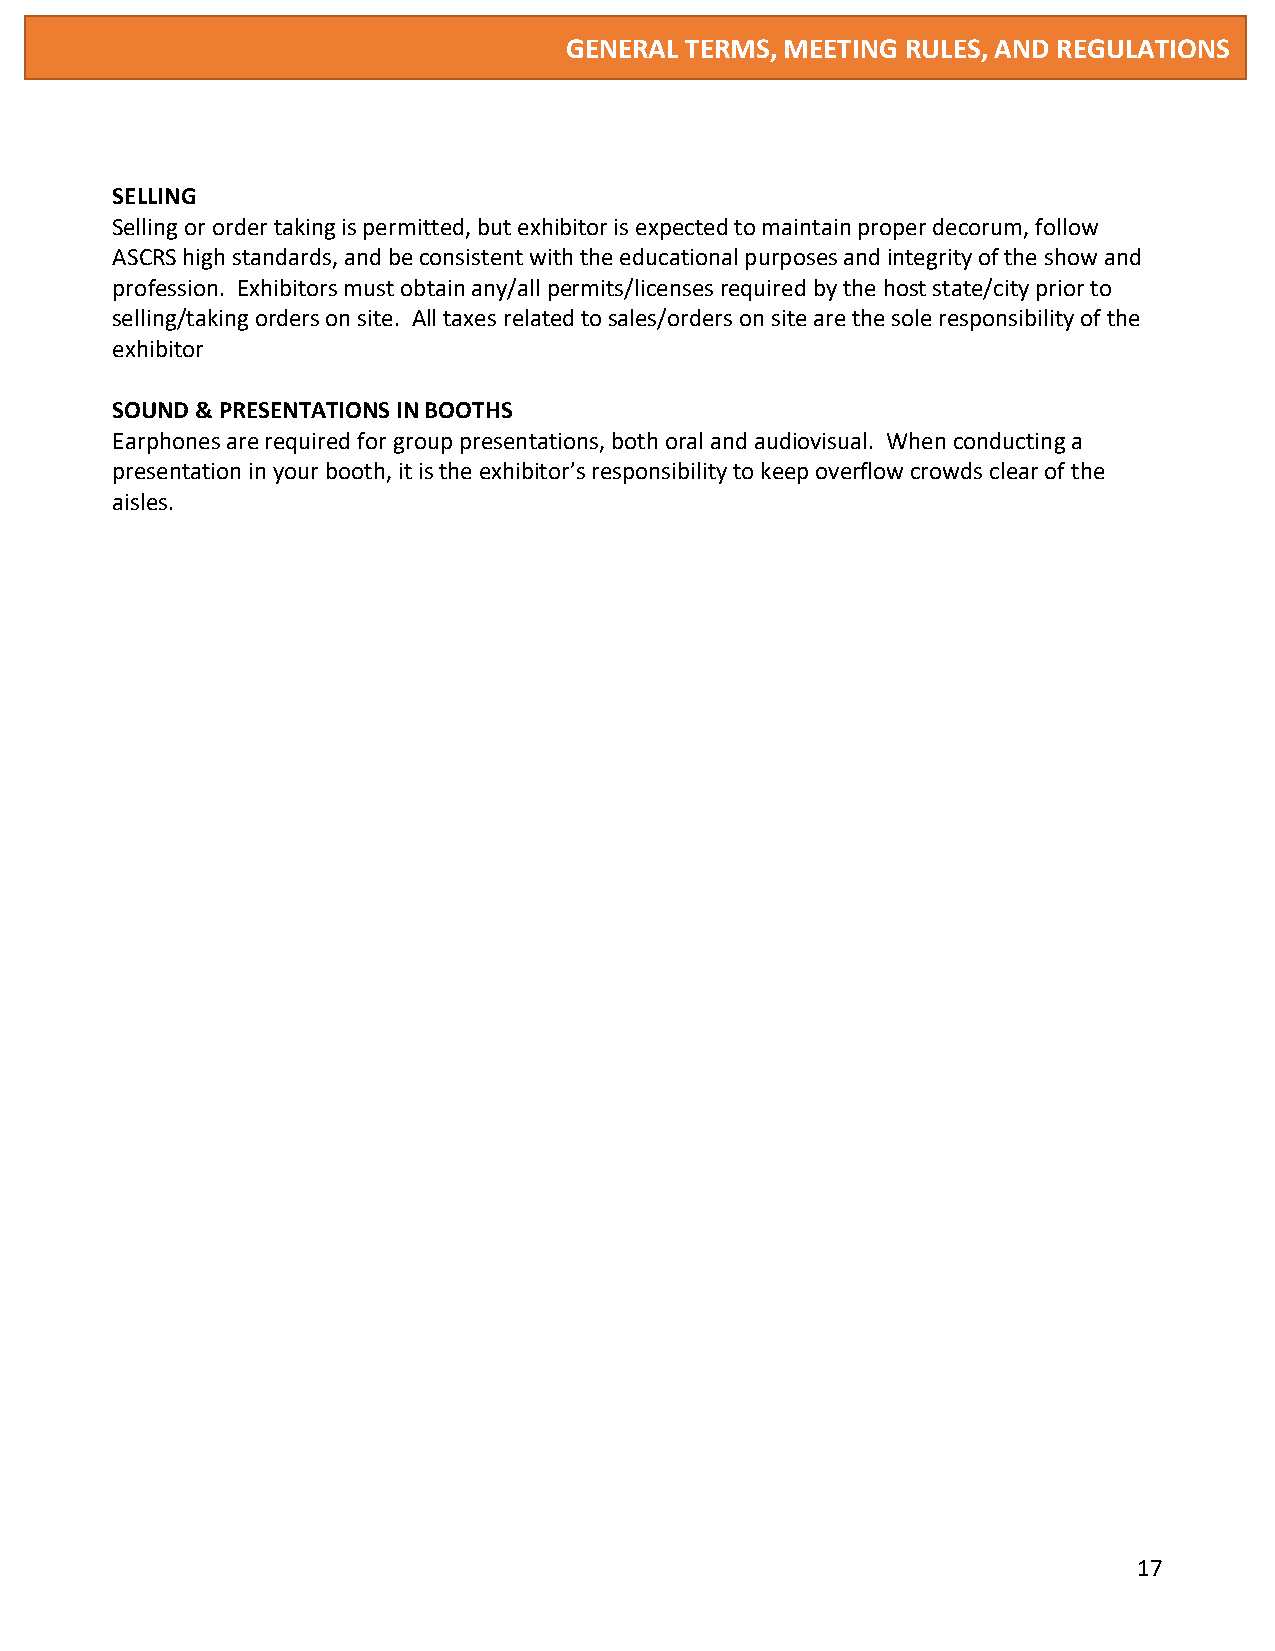
GENERAL TERMS, MEETING RULES, AND REGULATIONS
 SELLING
 Selling or order taking is permitted, but exhibitor is expected to maintain proper decorum, follow
 ASCRS high standards, and be consistent with the educational purposes and integrity of the show and
 profession. Exhibitors must obtain any/all permits/licenses required by the host state/city prior to
 selling/taking orders on site. All taxes related to sales/orders on site are the sole responsibility of the
 exhibitor
 SOUND & PRESENTATIONS IN BOOTHS
 Earphones are required for group presentations, both oral and audiovisual. When conducting a
 presentation in your booth, it is the exhibitor’s responsibility to keep overflow crowds clear of the
 aisles.
 17